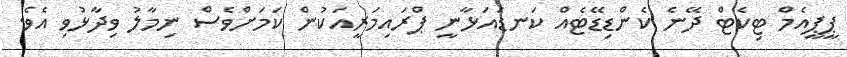
ޕީޕީއެމް ޓިކެޓް ދޭނެ ކެންޑިޑޭޓެއް ކަނޑައަޅާނީ ޕްރައިމަރީއަކުން ކަމަށްވެސް ނިމާލު ވިދާޅުވި އެވެ.